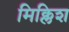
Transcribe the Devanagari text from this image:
मिक्लिश